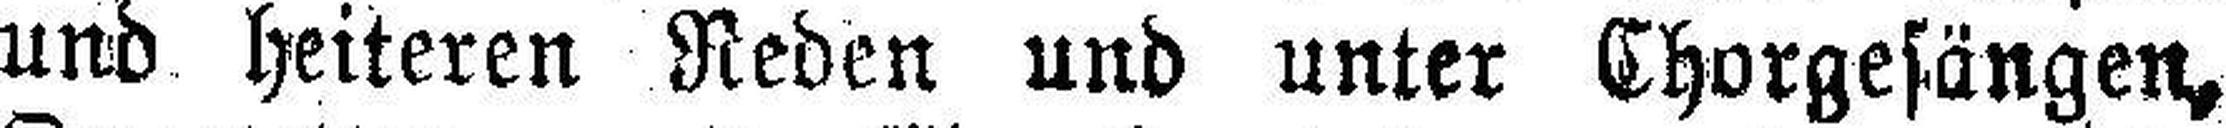
und heiteren Reden und unter Chorgesängen,